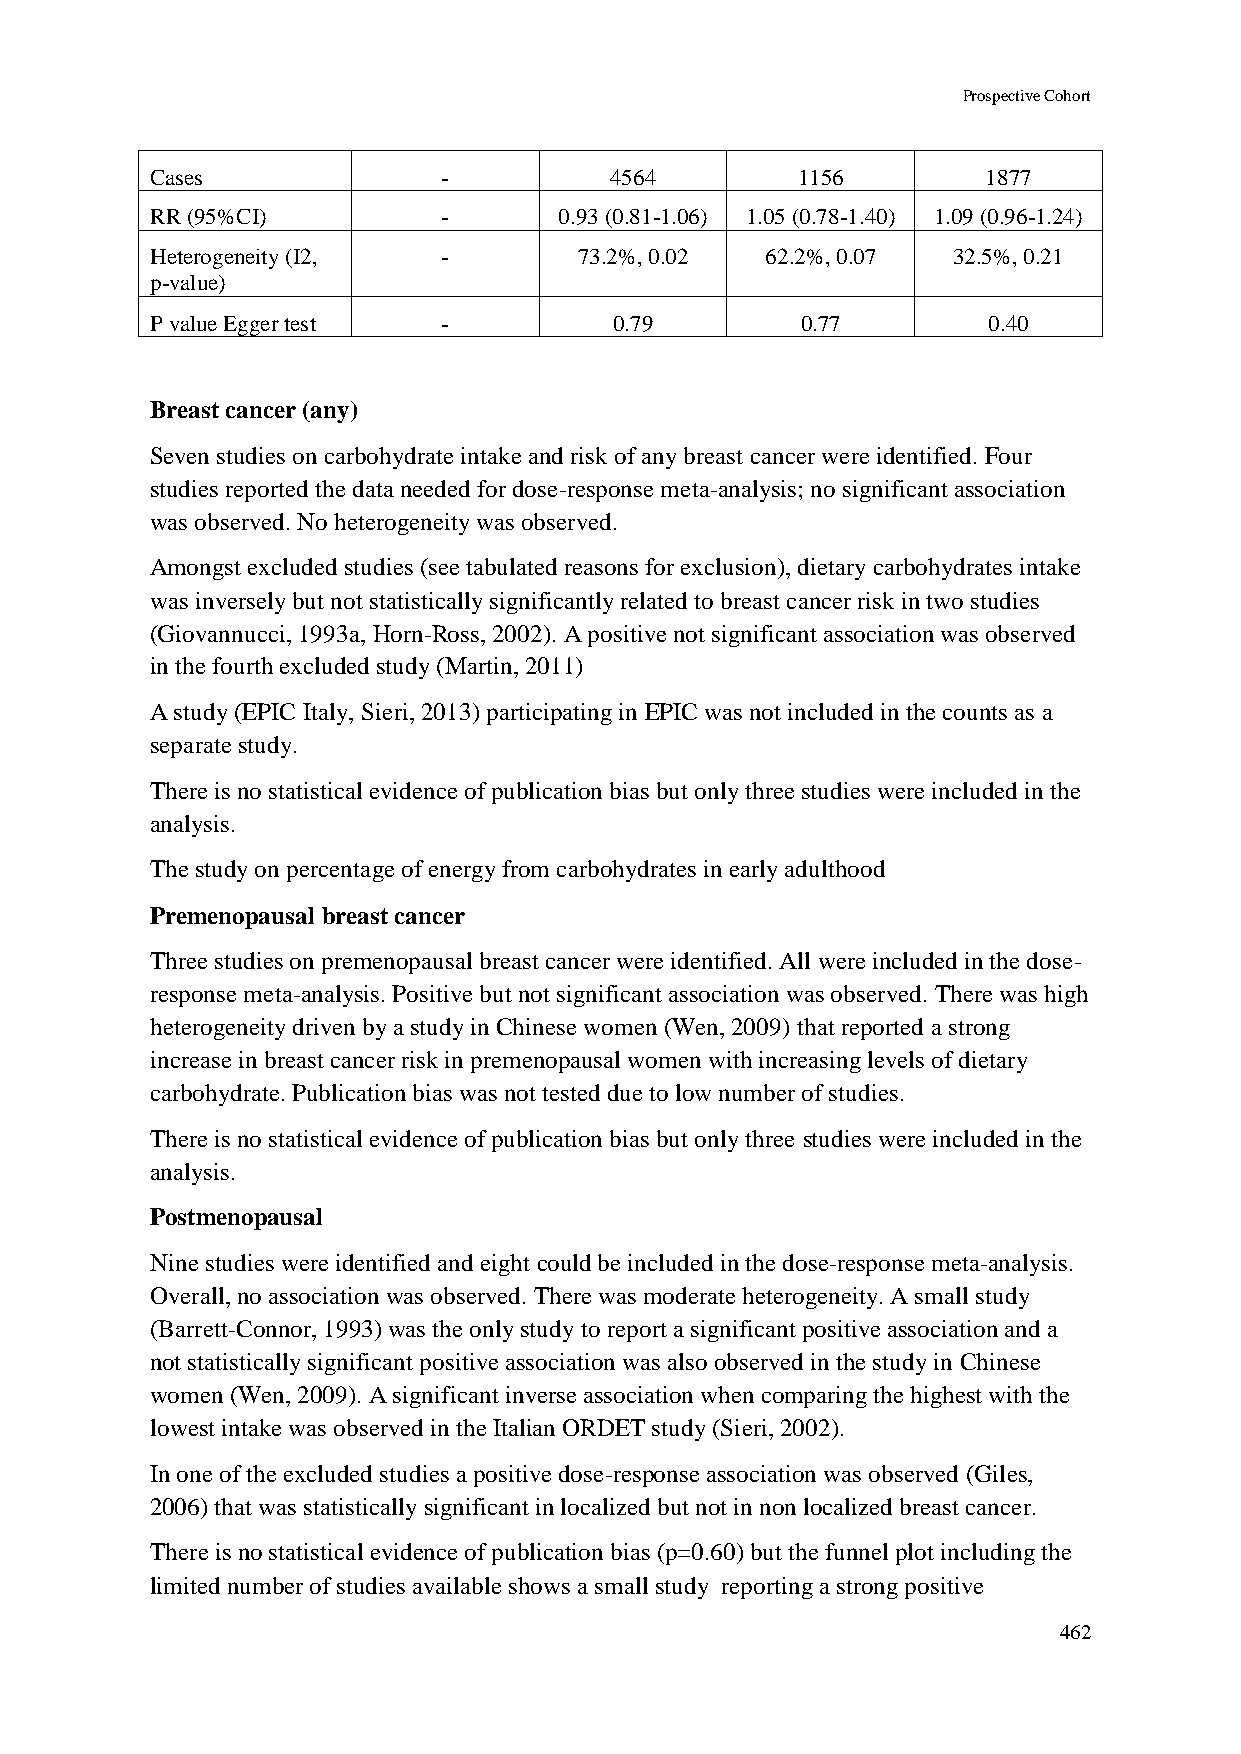
Prospective Cohort
 Cases              -          4564         1156        1877
 RR (95%CI)         -       0.93 (0.81-1.06) 1.05 (0.78-1.40) 1.09 (0.96-1.24)
 Heterogeneity (I2, -        73.2%, 0.02  62.2%, 0.07 32.5%, 0.21
 p-value)
 P value Egger test -           0.79        0.77        0.40
 Breast cancer (any)
 Seven studies on carbohydrate intake and risk of any breast cancer were identified. Four
 studies reported the data needed for dose-response meta-analysis; no significant association
 was observed. No heterogeneity was observed.
 Amongst excluded studies (see tabulated reasons for exclusion), dietary carbohydrates intake
 was inversely but not statistically significantly related to breast cancer risk in two studies
 (Giovannucci, 1993a, Horn-Ross, 2002). A positive not significant association was observed
 in the fourth excluded study (Martin, 2011)
 A study (EPIC Italy, Sieri, 2013) participating in EPIC was not included in the counts as a
 separate study.
 There is no statistical evidence of publication bias but only three studies were included in the
 analysis.
 The study on percentage of energy from carbohydrates in early adulthood
 Premenopausal breast cancer
 Three studies on premenopausal breast cancer were identified. All were included in the dose-
 response meta-analysis. Positive but not significant association was observed. There was high
 heterogeneity driven by a study in Chinese women (Wen, 2009) that reported a strong
 increase in breast cancer risk in premenopausal women with increasing levels of dietary
 carbohydrate. Publication bias was not tested due to low number of studies.
 There is no statistical evidence of publication bias but only three studies were included in the
 analysis.
 Postmenopausal
 Nine studies were identified and eight could be included in the dose-response meta-analysis.
 Overall, no association was observed. There was moderate heterogeneity. A small study
 (Barrett-Connor, 1993) was the only study to report a significant positive association and a
 not statistically significant positive association was also observed in the study in Chinese
 women (Wen, 2009). A significant inverse association when comparing the highest with the
 lowest intake was observed in the Italian ORDET study (Sieri, 2002).
 In one of the excluded studies a positive dose-response association was observed (Giles,
 2006) that was statistically significant in localized but not in non localized breast cancer.
 There is no statistical evidence of publication bias (p=0.60) but the funnel plot including the
 limited number of studies available shows a small study reporting a strong positive
 462